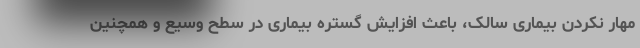
مهار نکردن بیماری سالک، باعث افزایش گستره بیماری در سطح وسیع و همچنین